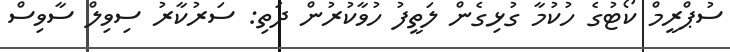
ސުޕްރީމް ކޯޓުގެ ހުކުމާ ގުޅިގެން ލަތީފު ހުވާކުރުން ދަތި: ސަރުކާރު ސިވިލް ސާވިސް